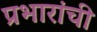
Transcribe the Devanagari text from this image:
प्रभारांची